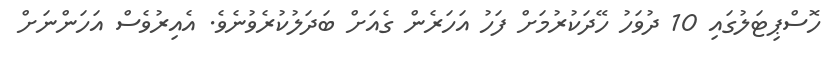
ހޮސްޕިޓަލުގައި 10 ދުވަހު ހޭދަކުރުމަށް ފަހު އަހަރެން ގެއަށް ބަދަލުކުރެވުނެވެ. އެއިރުވެސް އަހަންނަށް